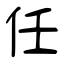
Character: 任